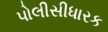
પોલીસીધારક